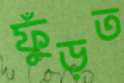
ফুঁড়ত